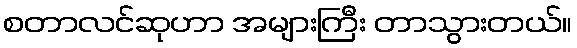
စတာလင်ဆုဟာ အများကြီး တာသွားတယ်။